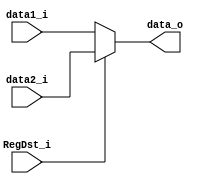
module  mux3(
	RegDst_i,
	data1_i,
	data2_i,
	data_o
);

input   [4:0]  		data1_i; 
input   [4:0]		data2_i;
input			   	RegDst_i;
output  reg [4:0] 	data_o;

always@(data1_i or data2_i or RegDst_i) begin
	if(RegDst_i == 1'b0) begin
		data_o = data1_i;
	end
	else begin
		data_o = data2_i;
	end
end

endmodule